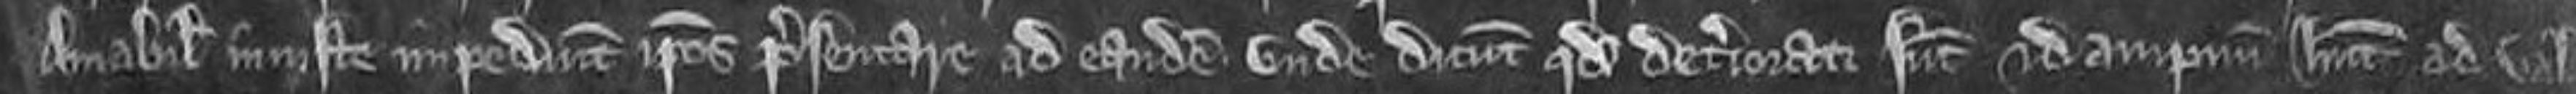
Amabilia injuste impediunt ipsos presentare ad eandem: unde dicunt quod deteriorati sunt et dampnum habent ad valen